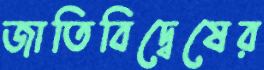
জাতিবিদ্বেষের